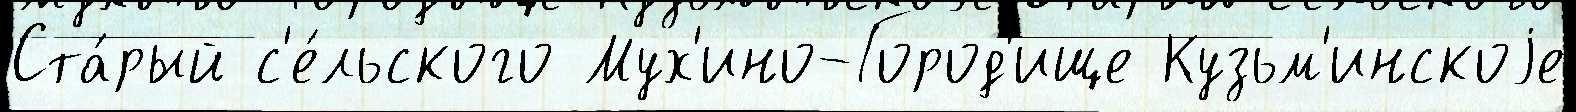
Ста́рый с'е́льского Мух'ино-Город'ище Кузьм'инскоjе